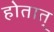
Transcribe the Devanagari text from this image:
होतात्